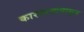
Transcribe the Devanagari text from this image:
कारवायांपासून